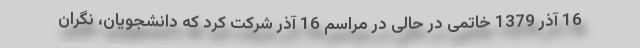
16 آذر 1379 خاتمی در حالی در مراسم 16 آذر شرکت کرد که دانشجویان، نگران